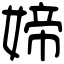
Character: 媂